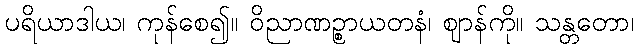
ပရိယာဒါယ၊ ကုန်စေ၍။ ဝိညာဏဉ္စာယတနံ၊ ဈာန်ကို။ သန္တတော၊